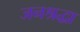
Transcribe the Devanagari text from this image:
जनश्रद्धा